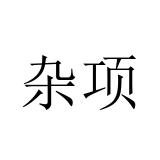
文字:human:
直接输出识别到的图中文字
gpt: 杂项